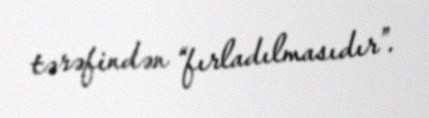
tərəfindən “fırladılmasıdır”.